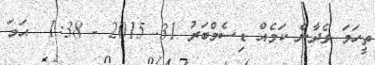
ތީހަމަ ވެދާނެ ކަމެއް ޑިސެމްބަރު 31